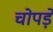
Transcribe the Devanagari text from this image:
चोपड़े